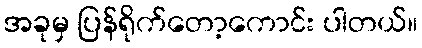
အခုမှ ပြန်ရိုက်တော့ကောင်း ပါတယ်။